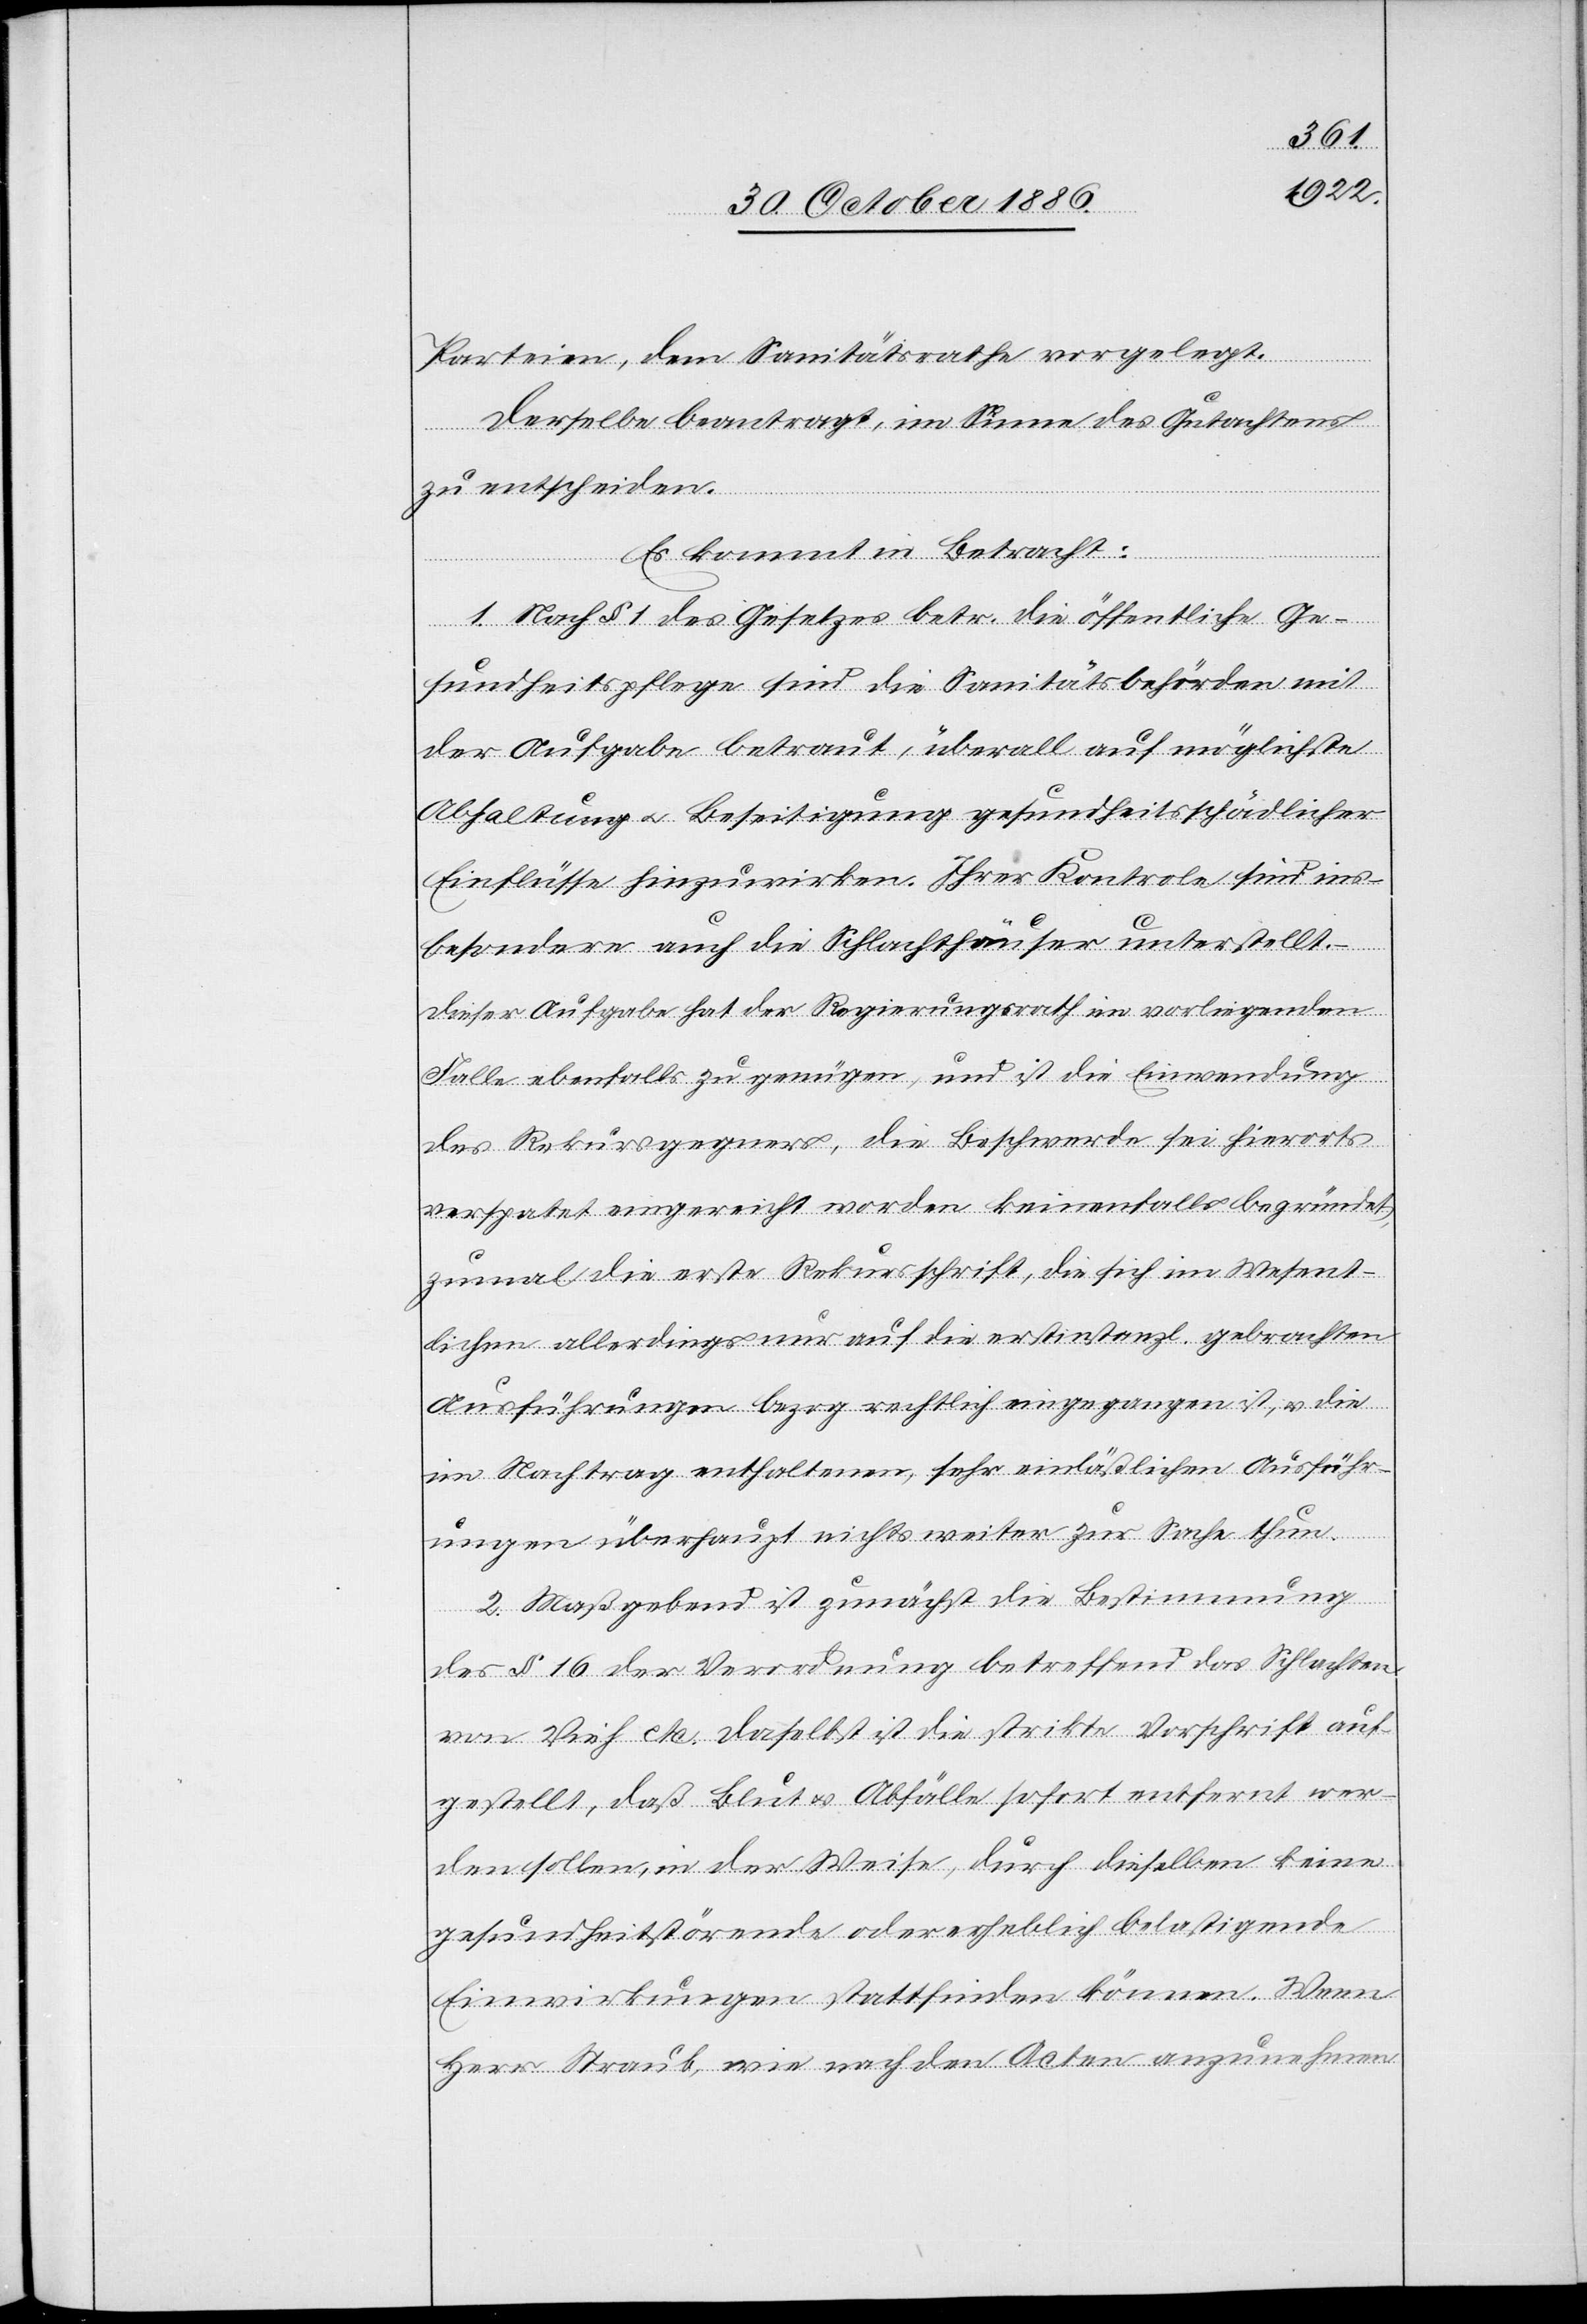
Parteien, dem Sanitätsrathe vorgelegt.
Derselbe beantragt, im Sinne des Gutachtens
zu entscheiden.
falls begründet,
Es kommt in Betracht:
1. Nach § 1 des Gesetzes betr. die öffentliche Ge¬
sundheitspflege sind die Sanitätsbehörden mit
der Aufgabe betraut, überall auf möglichste
Abhaltung & Beseitigung gesundheitsschädlicher
Einflüsse hinzuwirken. Ihrer Kontrole sind ins¬
besondere auch die Schlachthäuser unterstellt.
Dieser Aufgabe hat der Regierungsrath im vorliegenden
Falle ebenfalls zu genügen, und ist die Einwendung
des Rekursgegeners, die Beschwerde sei hierorts
zumal die erste Rekursschrift, die sich im Wesent¬
lichen allerdings nur auf die erstinstanzl. gebrachten
Ausführungen bezog rechtlich eingegangen ist, & die
im Nachtrag enthaltenen, sehr einläßlichen Ausführ¬
ungen überhaupt nichts weiter zur Sache thun.
2. Maßgebend ist zunächst die Bestimmung
des § 16 der Verordnung betreffend das Schlachten
von Vieh etc. Daselbst ist die strikte Vorschrift auf¬
gestellt, daß Blut & Abfälle sofort entfernt wer¬
den sollen, in der Weise, durch dieselben keine
gesundheitsstörende oder erheblich belastigende
Einwirkungen stattfinden können [sic!]. Wenn
Herr Straub, wie nach den Acten anzunehmen